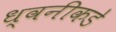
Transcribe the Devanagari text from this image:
ध्वनीकडे